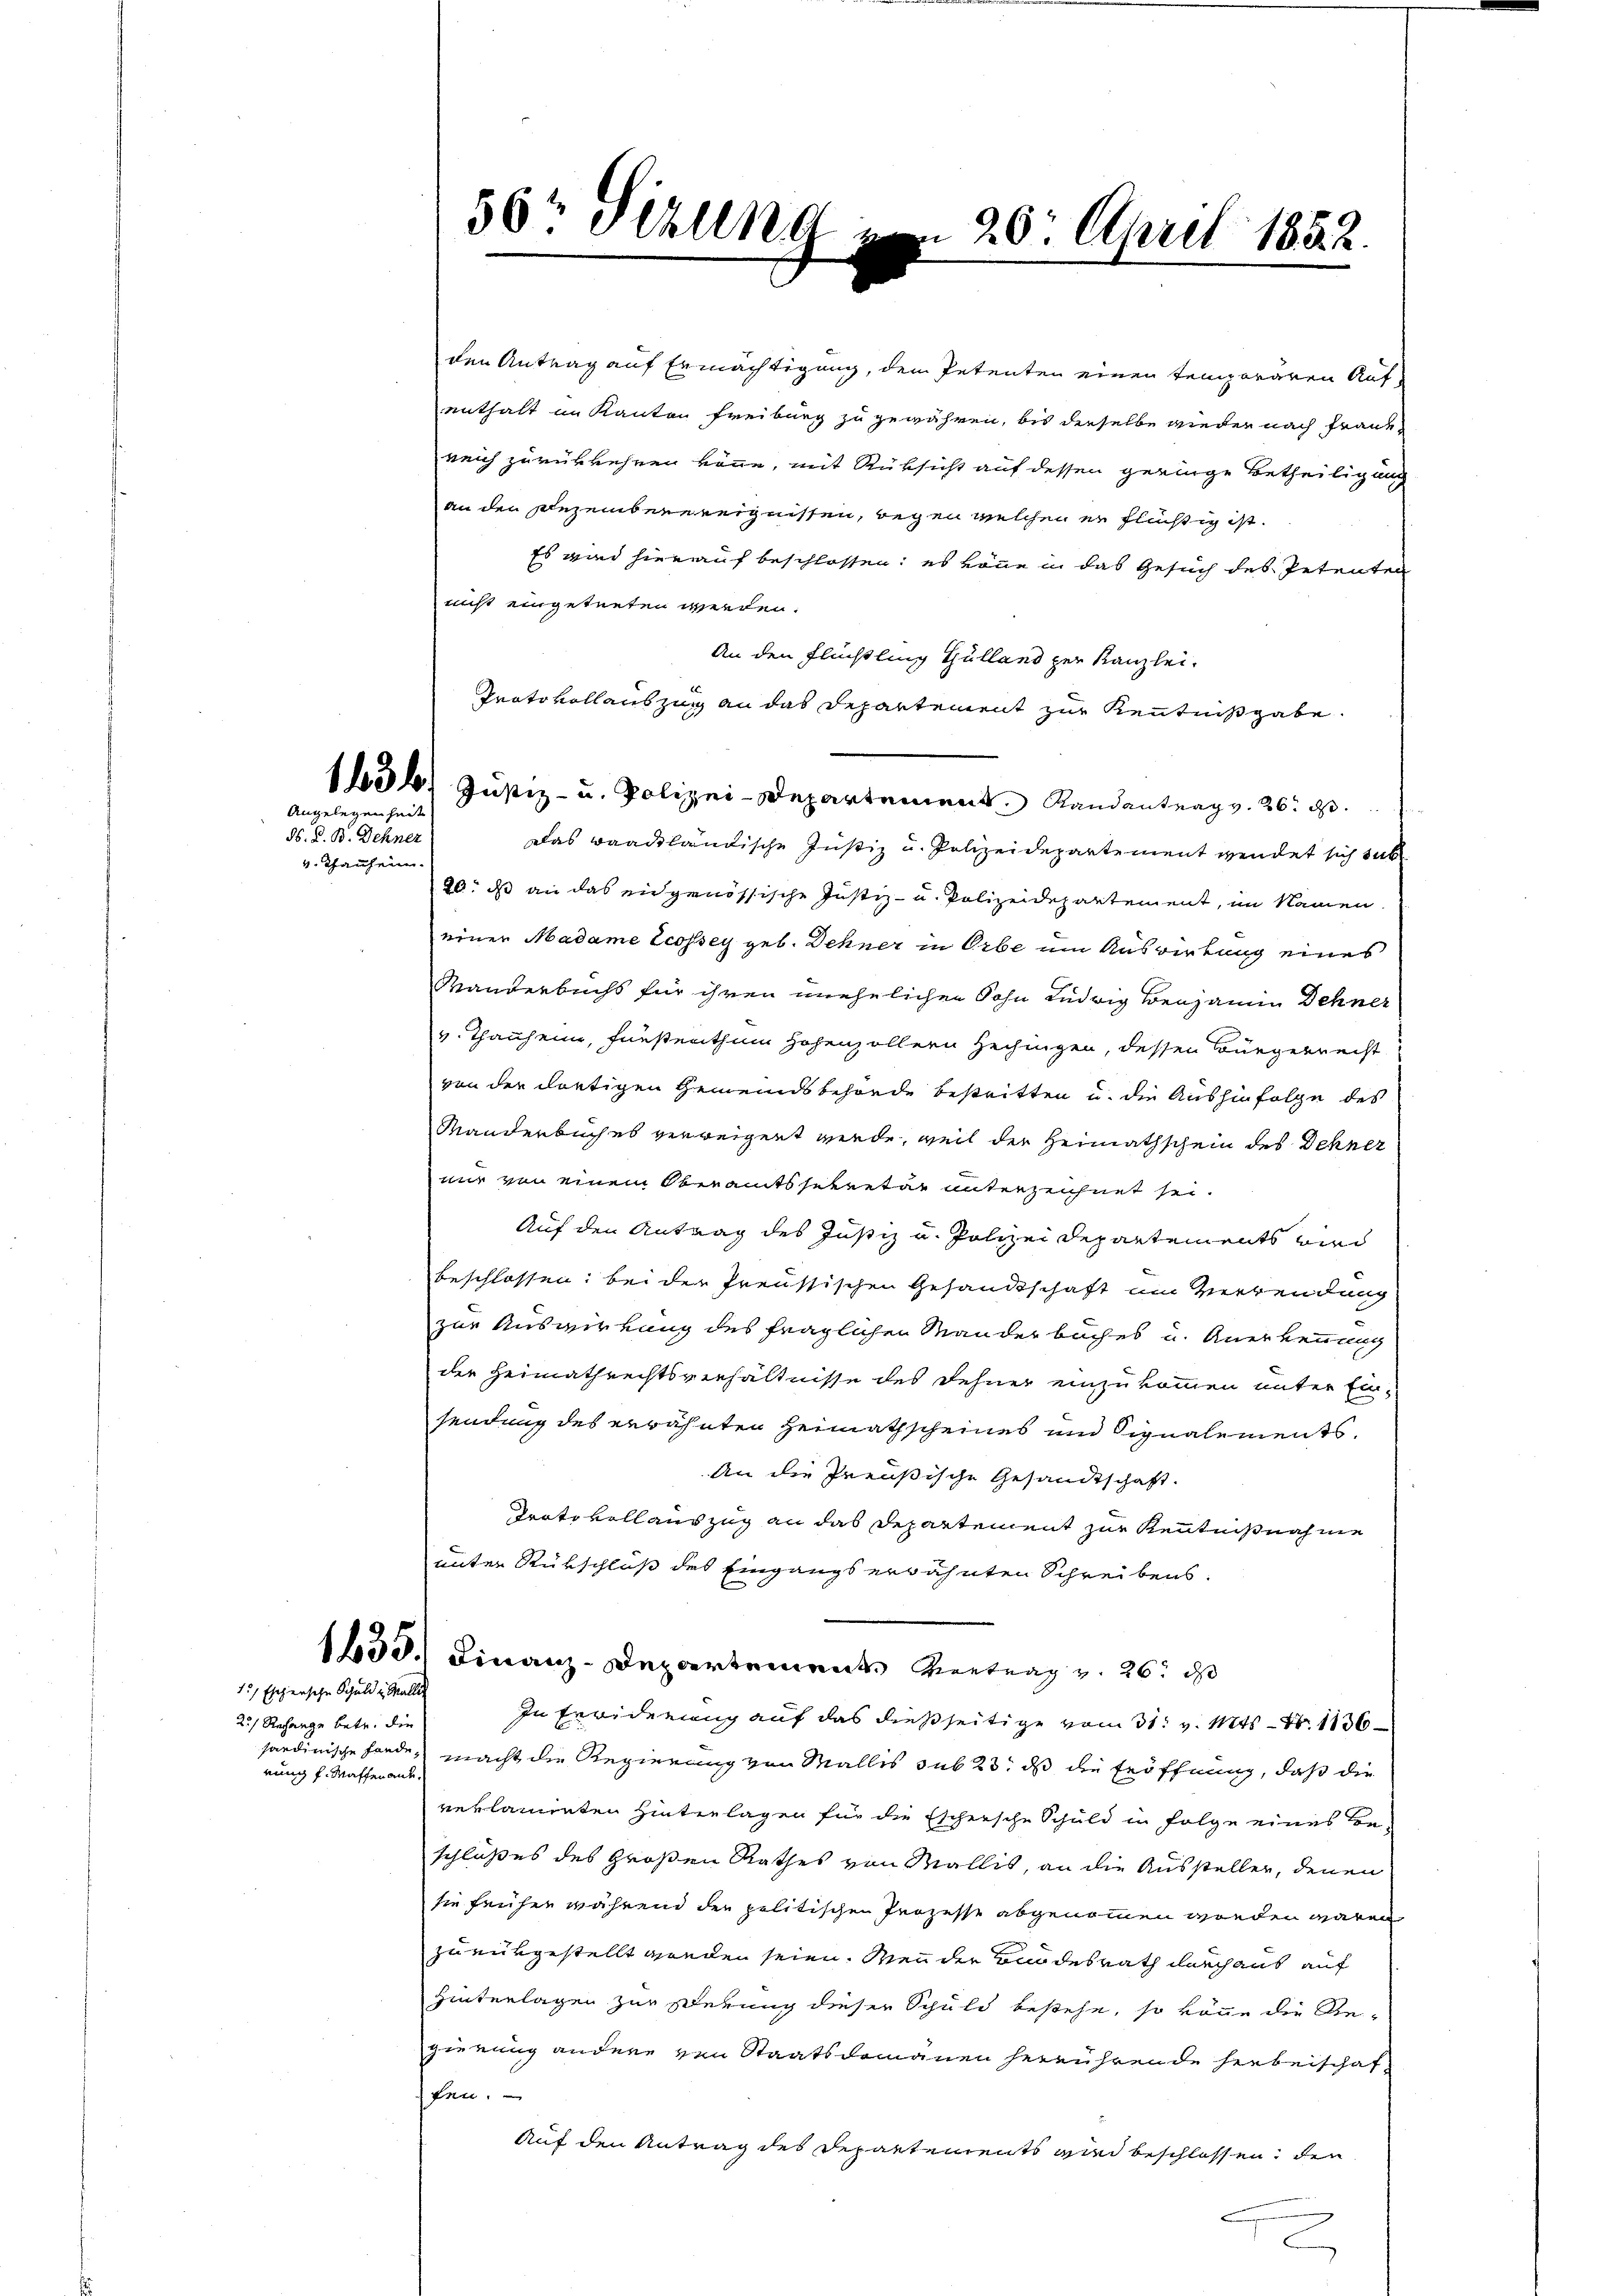
Angelegenheit
ds. Z. B. Dehner

v. Thausein.

15/ Eschersche Schuld in Waller

2.) Rechange betr. die
händinische Handerung f. Waffen and

50r Sizun

den Antrag auf Ermächtigung, dem Petenten einen temporären Aufenthalt im Kanton Freiburg zu gewähren, bis derselbe wieder nach Fraue
reich zurükkehren könne, mit Rüksicht auf dessen geringe Betheiligung
an den Dezemberereignissen, wegen welchen er flüchtig ist.
Es wird hierauf beschlossen: es könne in das Gesuch des Petenten
nicht eingetreten werden.
An den Flüchtling Gulland zur Kanzlei.
Protokollauszug an das Departement zur Kenntnißgabe.
Das waadtländische Justiz u. Polizeidepartement wendet sich sub
20. ds an das eidgenössische Justiz- u. Polizeidepartement, im Namen
einer Madame Ecossey geb. Dehner in Orbe um Auswirkung eines
Wanderbuchs für ihren unehelichen Sohn Ludwig Benjamin Dehner
v. Thauheim, Fürstenthum Hohenzöllern Hechingen, dessen Bürgerrecht
von der dortigen Gemeindsbehörde bestritten u. die Aushinfolge des
Manderbuches verweigert werde, weil der Heimathschein des Sehner
nur von einem Oberamtssekretär unterzeichnet sei.
Auf den Antrag des Justiz u. Polizei Departements wird
beschlossen: bei der Preussischen Gesandtschaft im Verwendung
zur Auswirkung des fraglichen Manderbuches u. Anerkennung
der Heimathrechtsverhältnisse des Dehner einzukommen unter Ein-
sendung des erwähnten Heimathscheines und Signalements.
An die Preußische Gesandtschaft.
Trate vollauszug an das Departement zur Kenntnißnahme
unter Rükschluß des Eingangs erwähnten Schreibens
1630.) Finanz-Departement Vertrag v. 26. ds
In Erwiderung auf das dießseitige vom 31. v. Mts. N. 1136
macht die Regierung von Wallis sub 23. ds die Eröffnung, daß die
reklamirten Hintenlagen für die Eschersche Schuld in Folge eines Be-
schlußes des Großen Rathes von Wallis, an die Aussteller, denen
sie früher während der politischen Prozesse abgenommen worden wären.
zu entgestellt werden seien. Men der Bundesrath durch aus auf
Hinterlagen zur Perung dieser Schuld bestehe, so könne die Re-
gierung andere von Staatsdomänen herrührende herbeischaffen.
Auf den Antrag des Departements wird beschlossen, den

1156. Justiz- u. Polizei-Departement. Randantrag v. 26. d.

20. April 1852.